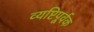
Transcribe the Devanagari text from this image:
व्यष्टिपूर्वक